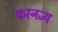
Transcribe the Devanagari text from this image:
करनज्य